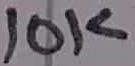
Text: 10K